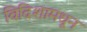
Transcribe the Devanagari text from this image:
विदिशामधून